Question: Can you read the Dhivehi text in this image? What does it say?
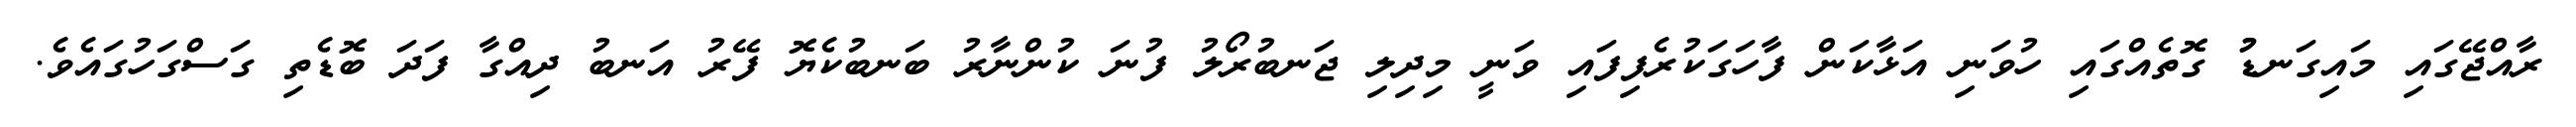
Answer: ރާއްޖޭގައި މައިގަނޑުު ގޮތެއްގައި ހުވަނި އަޅާކަން ފާހަގަކުރެފިފައި ވަނީ މިދިލި ޖަނބުރޯލު ފުނަ ކުންނާރު ބަނބުކެޔޮ ފޭރު އަނބު ދިއްގާ ފަދަ ބޮޑެތި ގަސްގަހުގައެވެ.